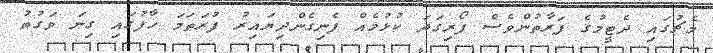
މެޗުގައި ދެޓީމުގެ ފަރާތުންވެސް ފޯރިގަދަ ކުޅުމެއް ފެނިގެންދިޔައިރު ފުރަތަމަ ހާފުގައި ގިނަ ވަގުތު